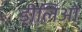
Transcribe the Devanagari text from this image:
डीलिओ